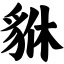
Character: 貅